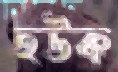
হউক